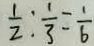
\frac { 1 } { 2 } : \frac { 1 } { 3 } = \frac { 1 } { 6 }